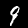
Digit: 9